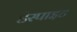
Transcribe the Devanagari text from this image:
डेस्पाइट